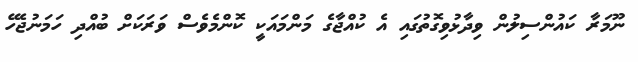
ނޫމަރާ ކައުންސިލުން ވިދާޅުވިގޮތުގައި އެ ކުއްޖާގެ މަންމައަކީ ކޮންމެވެސް ވަރަކަށް ބުއްދި ހަމަނުޖެހޭ